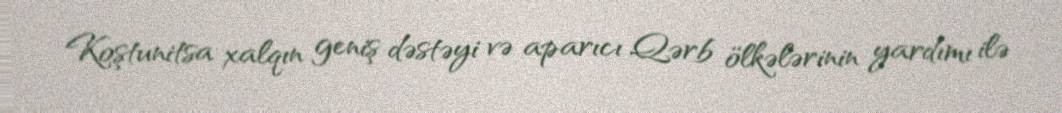
Koştunitsa xalqın geniş dəstəyi və aparıcı Qərb ölkələrinin yardımı ilə